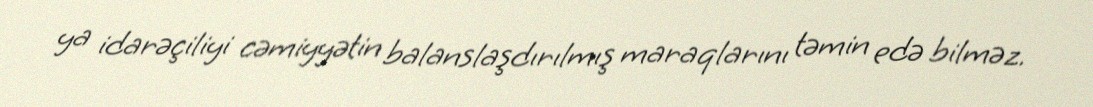
ya idarəçiliyi cəmiyyətin balanslaşdırılmış maraqlarını təmin edə bilməz.